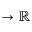
\to \mathbb { R }